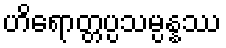
ဟိရောတ္တပ္ပသမ္ပန္နဿ